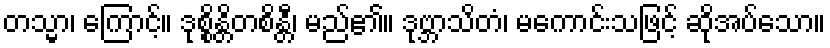
တသ္မာ၊ ကြောင့်။ ဒုစ္စိန္တိတစိန္တီ၊ မည်၏။ ဒုဗ္ဘာသိတံ၊ မကောင်းသဖြင့် ဆိုအပ်သော။